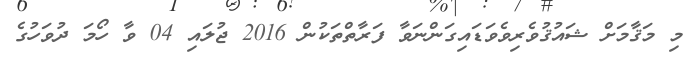
މި މަޤާމަށް ޝައުޤުވެރިވެވަޑައިގަންނަވާ ފަރާތްތަކުން 2016 ޖުލައި 04 ވާ ހޯމަ ދުވަހުގެ